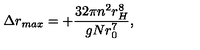
\Delta r _ { m a x } = + \frac { 3 2 \pi n ^ { 2 } r _ { H } ^ { 8 } } { g N r _ { 0 } ^ { 7 } } ,